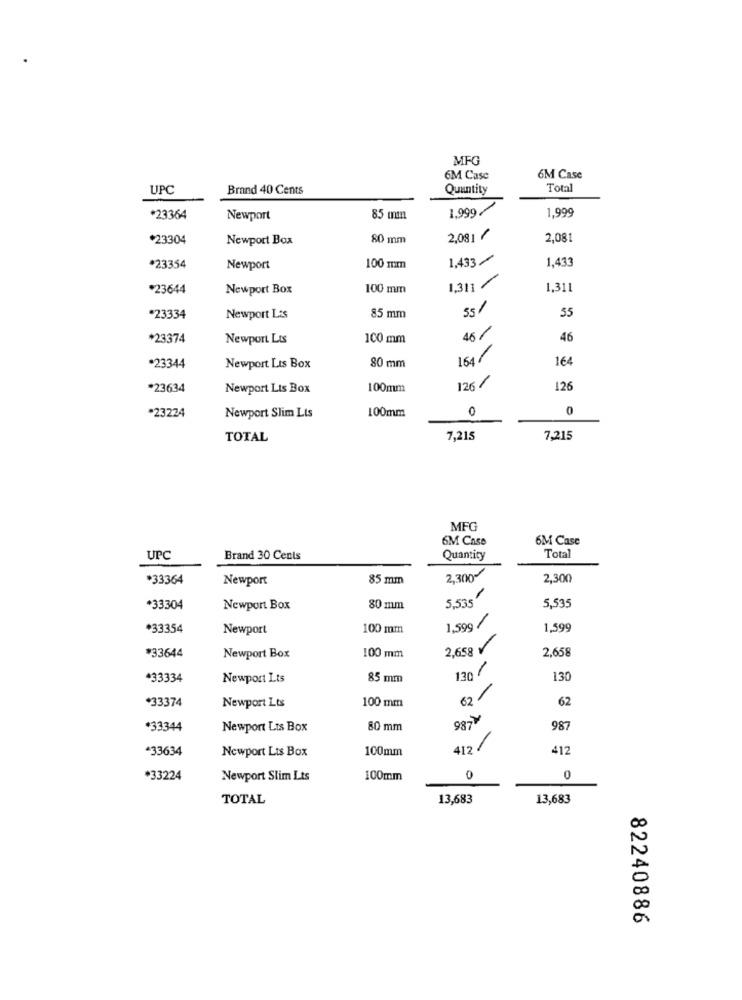
MFG
6M Case
6M Case
UPC
Brand 40 Cents
Quantity
Total
1.999/
1,999
*23364
Newport
85 mm
*23304
Newport Box
80 mm
2,081 /
2,081
1,433
1,433
*23354
Newport
100 mm
1,311 /
*23644
Newport Box
100 mm
1,311
55/
55
*23334
Newport Lis
85 mm
*23374
Newport Lts
100 mm
46/
46
150/
164
*23344
Newport Lis Box
80 mm
*23634
Newport Lis Box
100mm
126/
126
100mm
0
0
*23224
Newport Slim Lts
TOTAL
7,215
7,215
MFG
6M Case
6M Case
Total
UPC
Brand 30 Cents
Quantity
*33364
Newport
85 mm
2,300
2,300
5,535
5,535
*33304
Newport Box
80 mm
1.599/
*33354
Newport
100 mm
1,599
*33644
2,658
2,658
Newport Box
100 mm
201
+33334
Newport Lts
85 mm
130
-
*33374
100 mm
62
Newport Lts
987
*33344
Newport Lts Box
80 mm
987
*33634
Newport Lts Box
100mm
412/
412
*33224
Newport Slim Lts
100mm
0
0
TOTAL
13,683
13,683
82240886